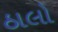
ઠાલો